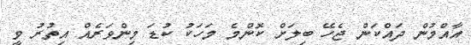
އާއްމުން ދައްކަން ޖެހޭ ބިލަށް ކޮންމެ މަހަކު ކުޑަ މިންވަރެއް އިތުރު ވީ